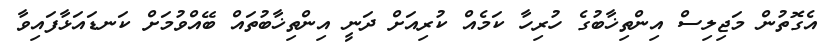
އެގޮތުން މަޖިލިސް އިންތިޚާބުގެ ހުރިހާ ކަމެއް ކުރިއަށް ދަނީ އިންތިޚާބުތައް ބޭއްވުމަށް ކަނޑައަޅާފައިވާ